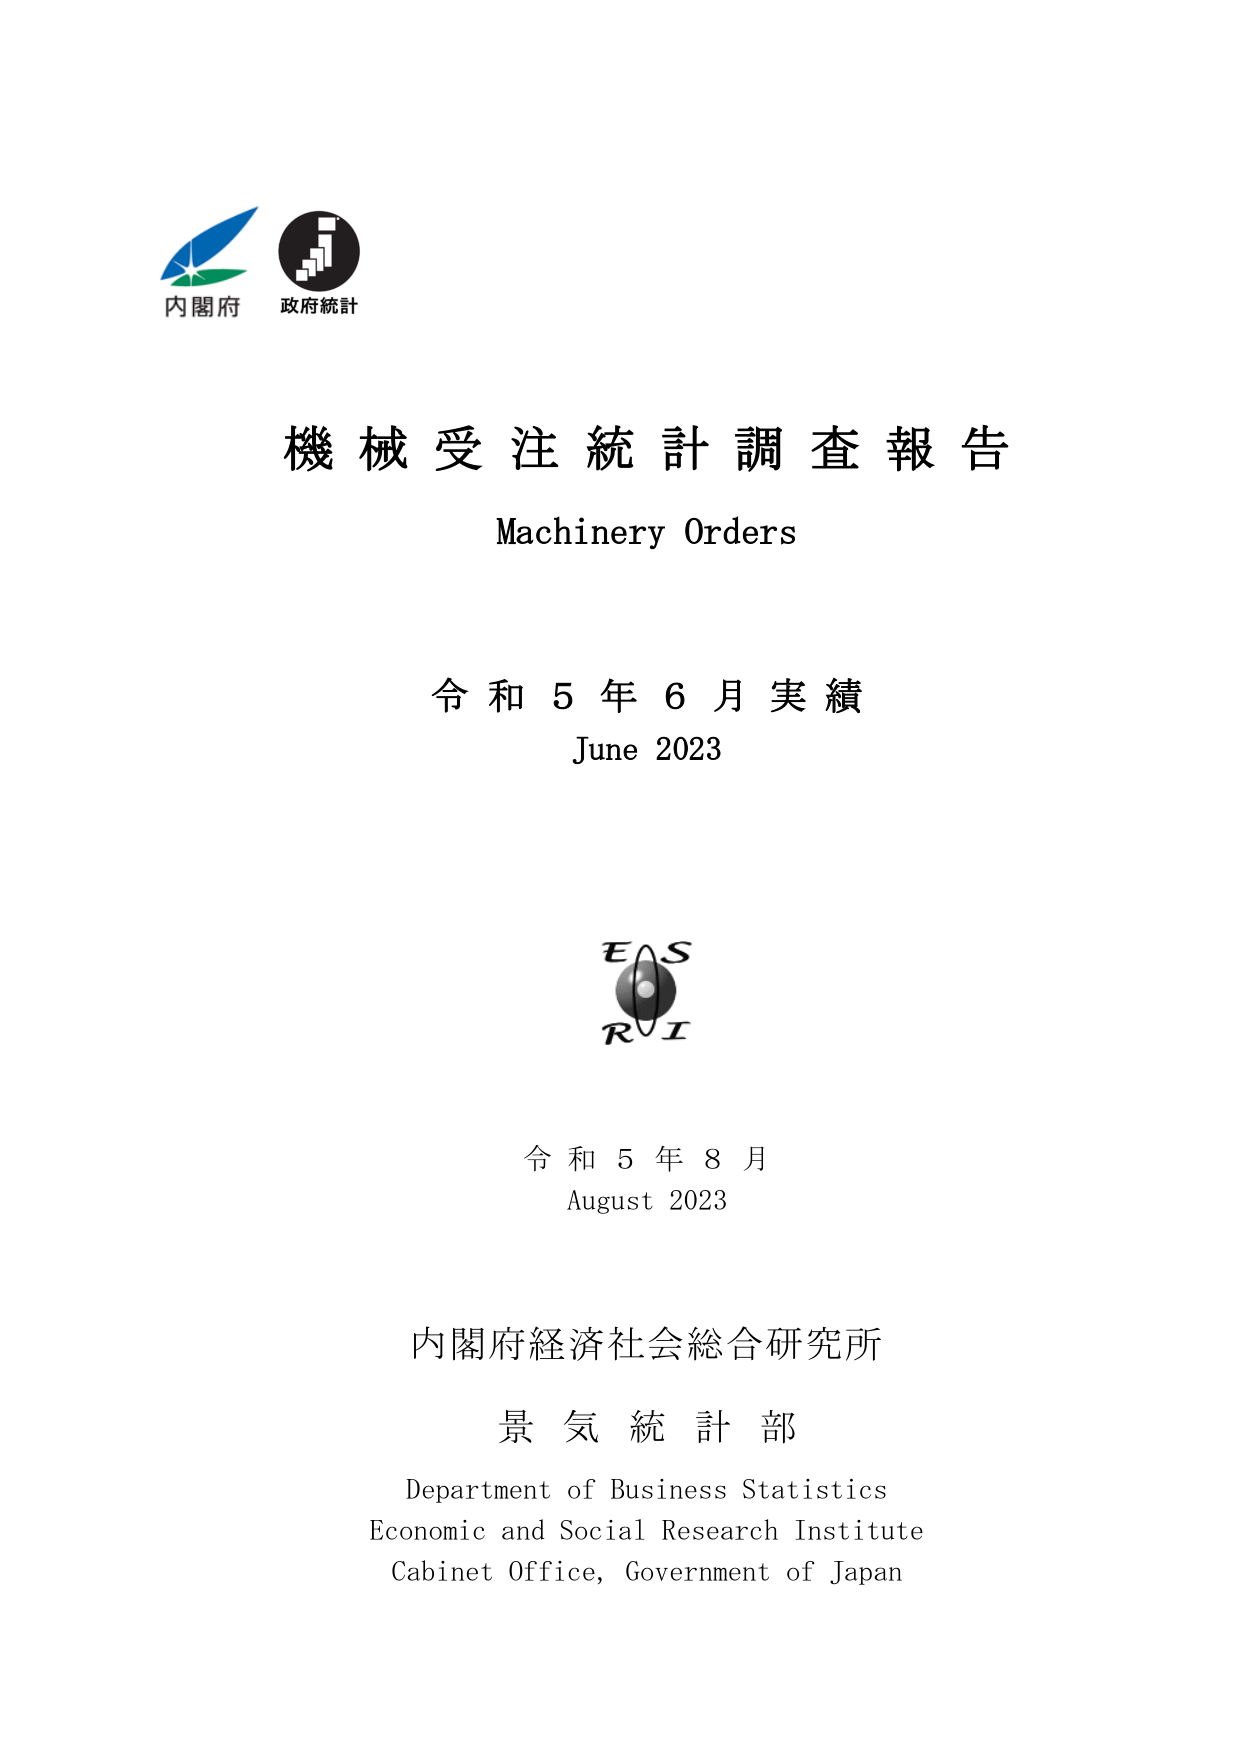
内閣府
政府統計

機械受注統計調査報告
Machinery Orders

令和5年6月実績
June 2023

EAS
RI

令和5年8月
August 2023

内閣府経済社会総合研究所
景気統計部
Department of Business Statistics
Economic and Social Research Institute
Cabinet Office, Government of Japan